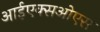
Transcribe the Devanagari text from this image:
आईएक्सओएस